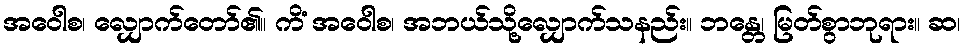
အဝေါစ၊ လျှောက်တော်၏။ ကိံ အဝေါစ၊ အဘယ်သို့လျှောက်သနည်း။ ဘန္တေ၊ မြတ်စွာဘုရား။ ဆ၊